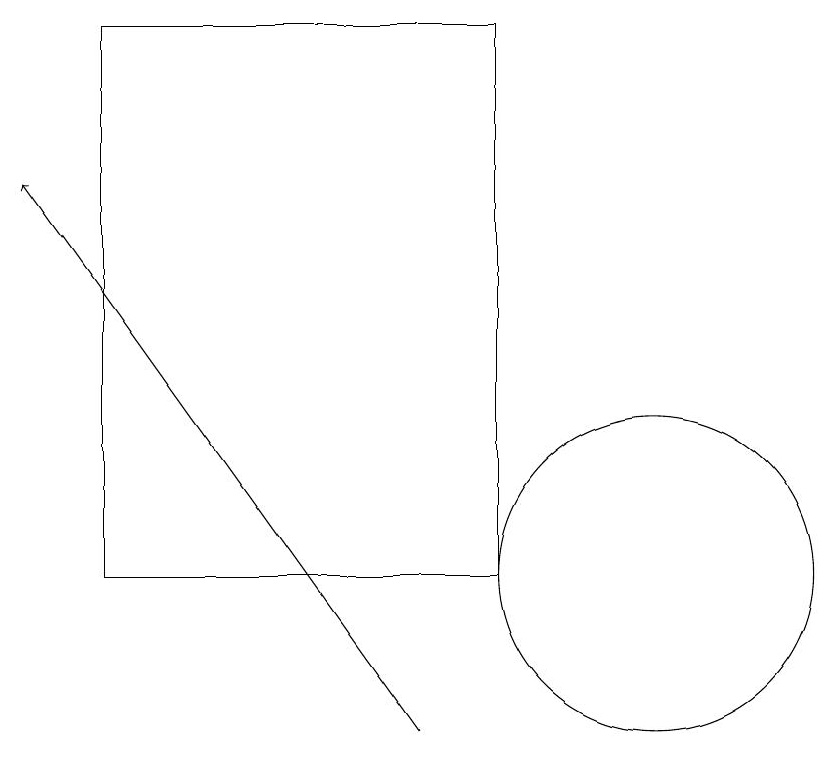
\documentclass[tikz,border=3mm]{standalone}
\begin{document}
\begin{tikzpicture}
\draw (9,12) rectangle (4,19);
\draw (11,12) circle (2);
\draw[->] (8,10) -- (3,17);
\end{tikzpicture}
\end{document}